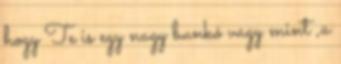
hogy Te is egy nagy bunkó vagy mint ,a